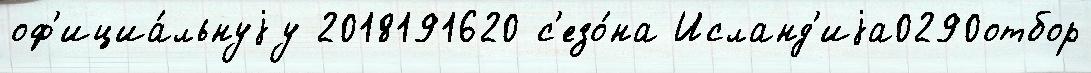
оф'ициа́льнуjу 2018191620 с'езо́на Исланд'иjа0290отбор